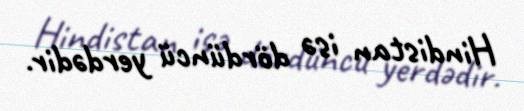
Hindistan isə dördüncü yerdədir.